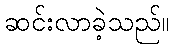
ဆင်းလာခဲ့သည်။